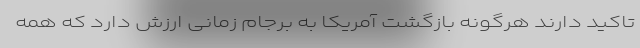
تاکید دارند هرگونه بازگشت آمریکا به برجام زمانی ارزش دارد که همه